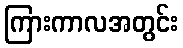
ကြားကာလအတွင်း